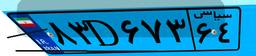
۸۳D۶۷۳۶۴